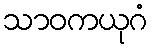
သာဝကယုဂံ